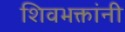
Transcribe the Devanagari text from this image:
शिवभक्तांनी